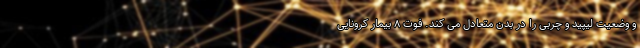
و وضعیت لیپید و چربی را در بدن متعادل می کند. فوت ۸ بیمار کرونایی